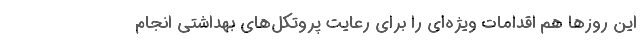
این روزها هم اقدامات ویژه‌ای را برای رعایت پروتکل‌های بهداشتی انجام